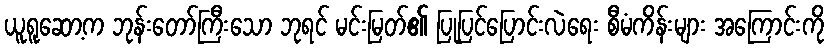
ယူရူဆော့က ဘုန်းတော်ကြီးသော ဘုရင် မင်းမြတ်၏ ပြုပြင်ပြောင်းလဲရေး စီမံကိန်းများ အကြောင်းကို